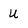
Character: U